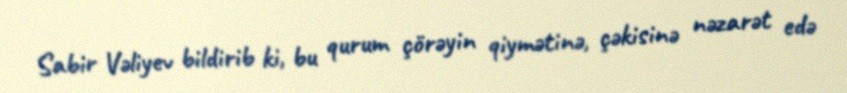
Sabir Vəliyev bildirib ki, bu qurum çörəyin qiymətinə, çəkisinə nəzarət edə